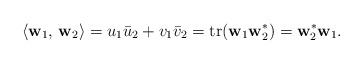
\begin{align*} \langle \mathbf{w}_1, \, \mathbf{w}_2 \rangle = u_1 \bar{u}_2 + v_1 \bar{v}_2 = \operatorname{tr}(\mathbf{w}_1 \mathbf{w}_2^*) = \mathbf{w}_2^* \mathbf{w}_1. \end{align*}